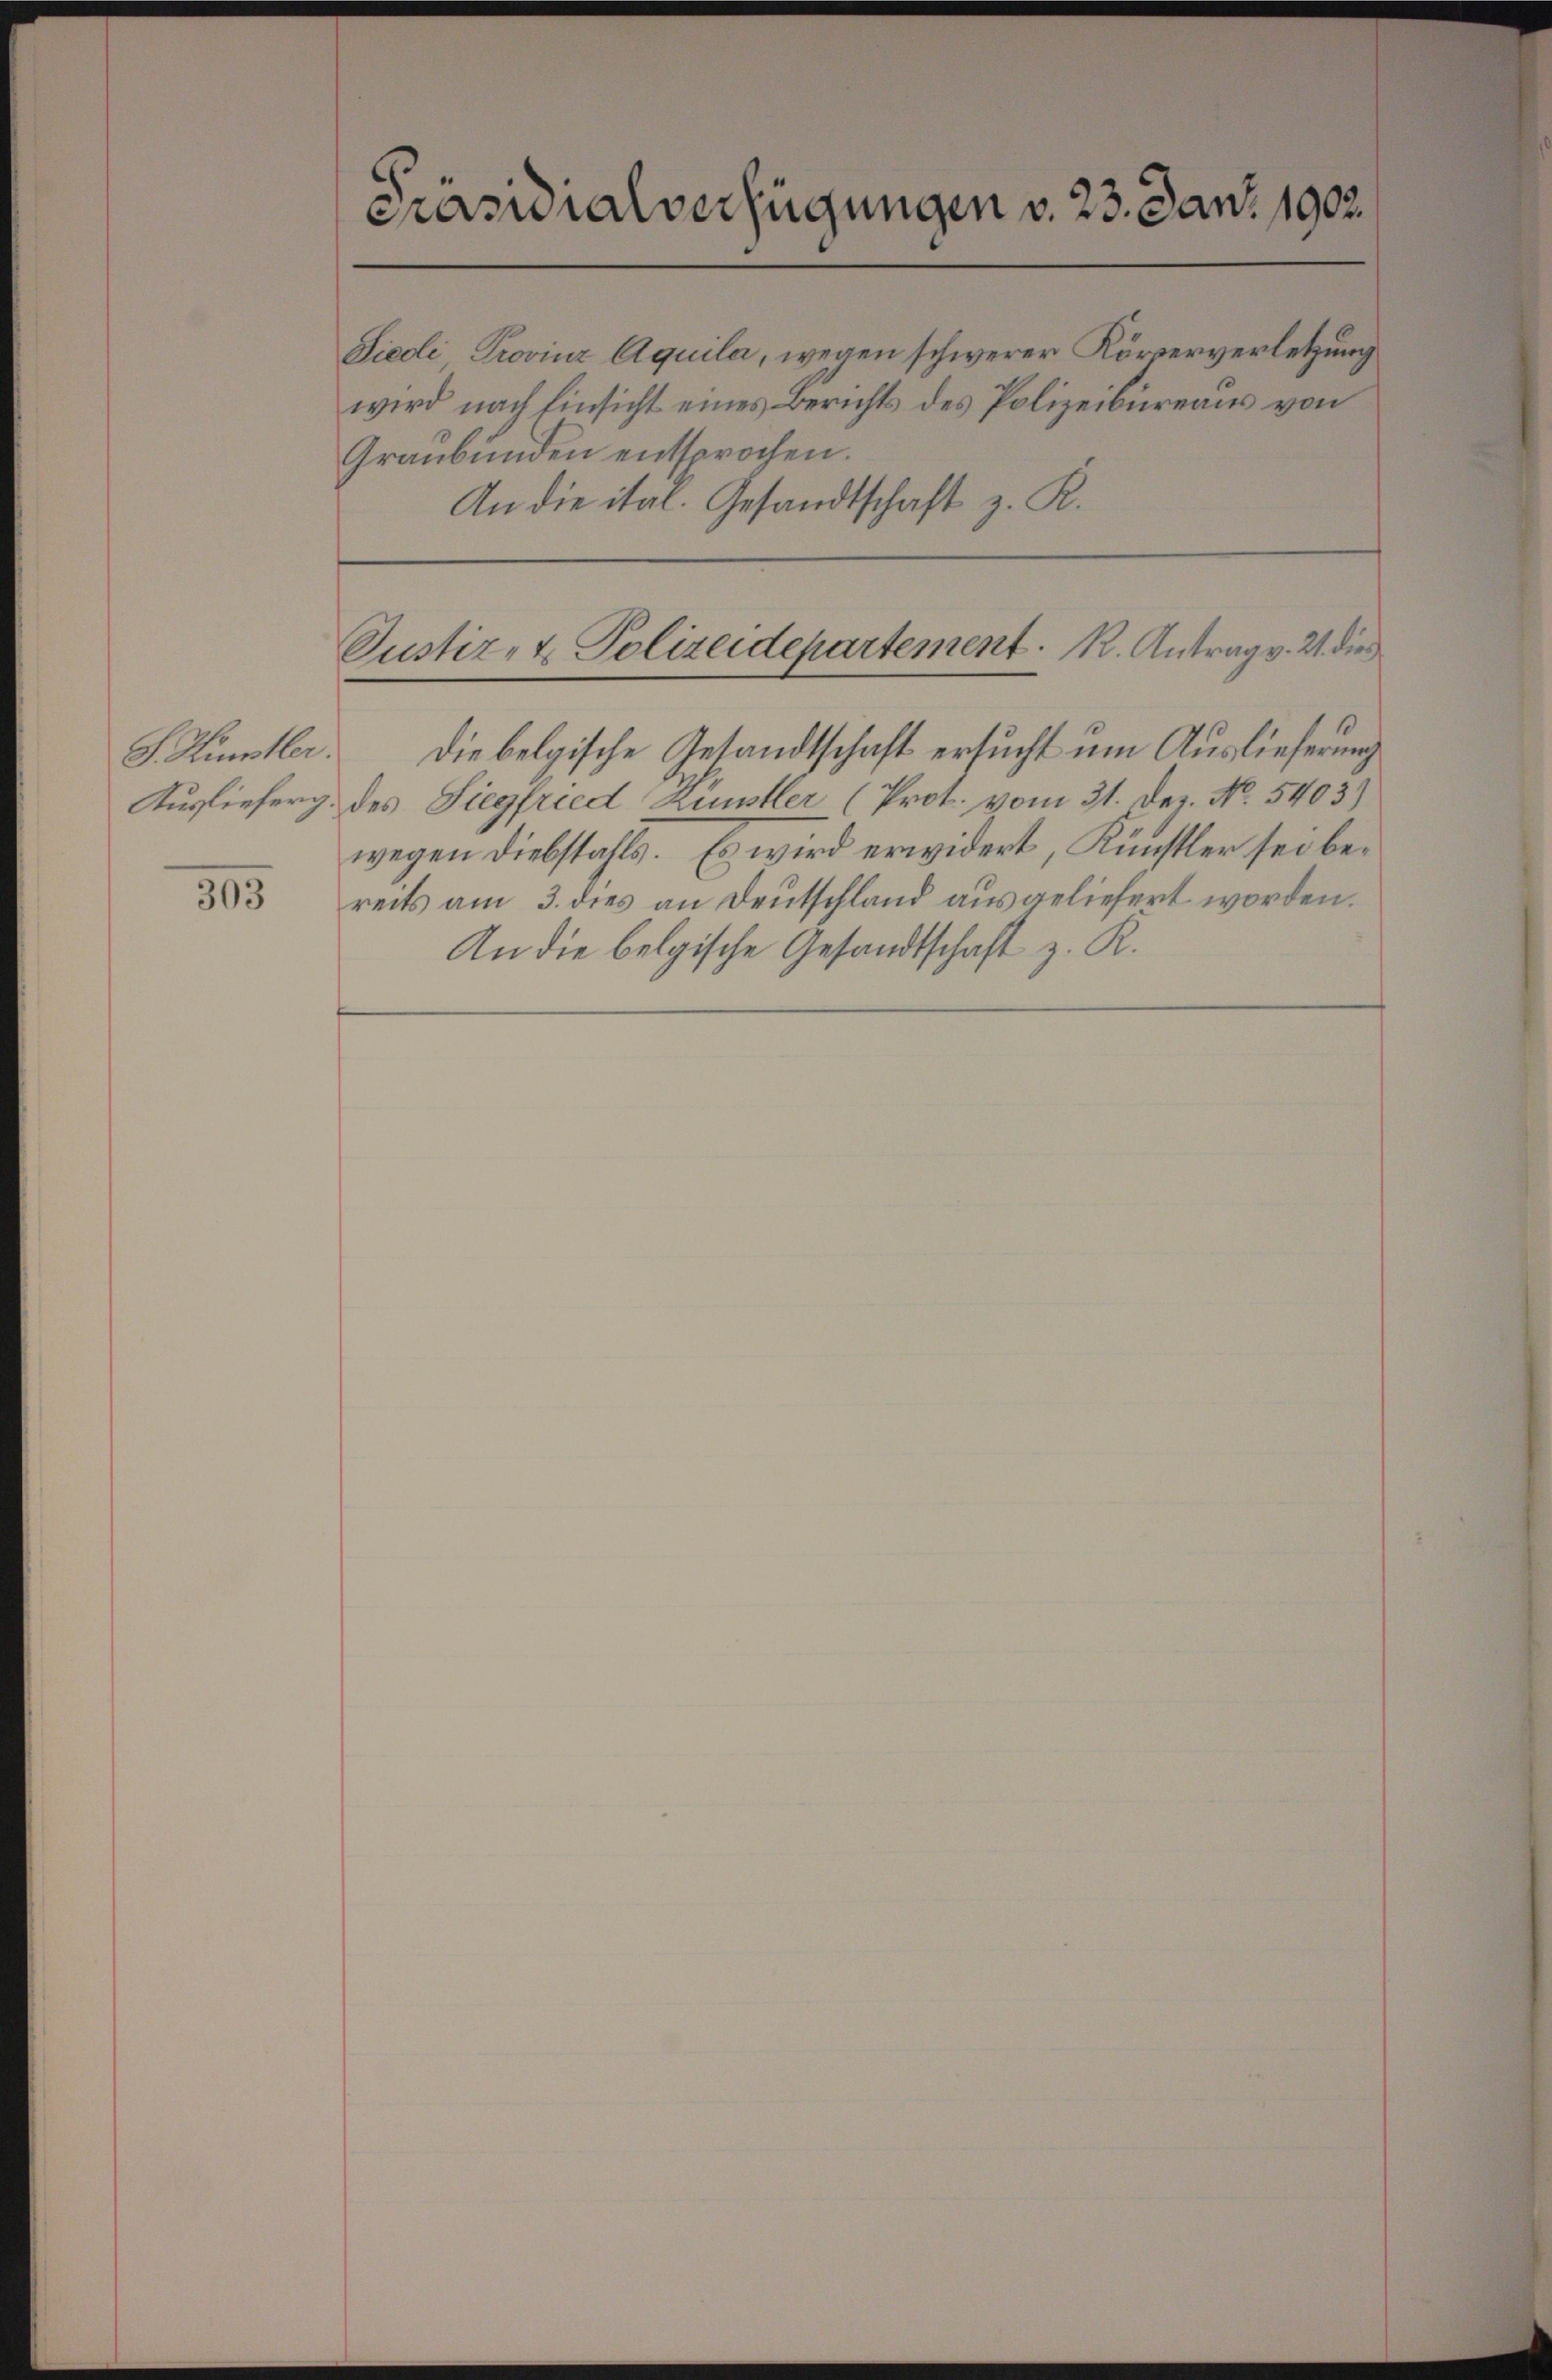
S. Hünstler.
Auslieferg

303

An die ital. Gesandtschaft z. K.

Präsidialverfügungen v. 23. Jan. 1903.
Siedi, Provinz Aquila, wegen schwerer Körperverletzung
wird nach Einsicht eines Berichts des Polizeibureaus von
Graubünden entsprochen.

die belgische Gesandtschaft ersŭcht um Auslieferung
des Siegfried Künstler (Prot. vom 31. de No. 5403)
wegen Diebstahls. Es wird erwidert, Künstler sei bereits am 3. dies an Deutschland ausgeliefert worden.
An die belgische Gesandtschaft z. K.

Justiz- & Polizeidepartement. R. Antrag v. 21. dies